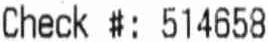
CHECK #: 514658